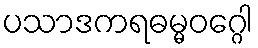
ပသာဒကရဓမ္မဝဂ္ဂေါ